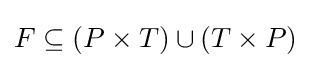
F\subseteq (P\times T)\cup (T\times P)